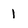
Character: 1